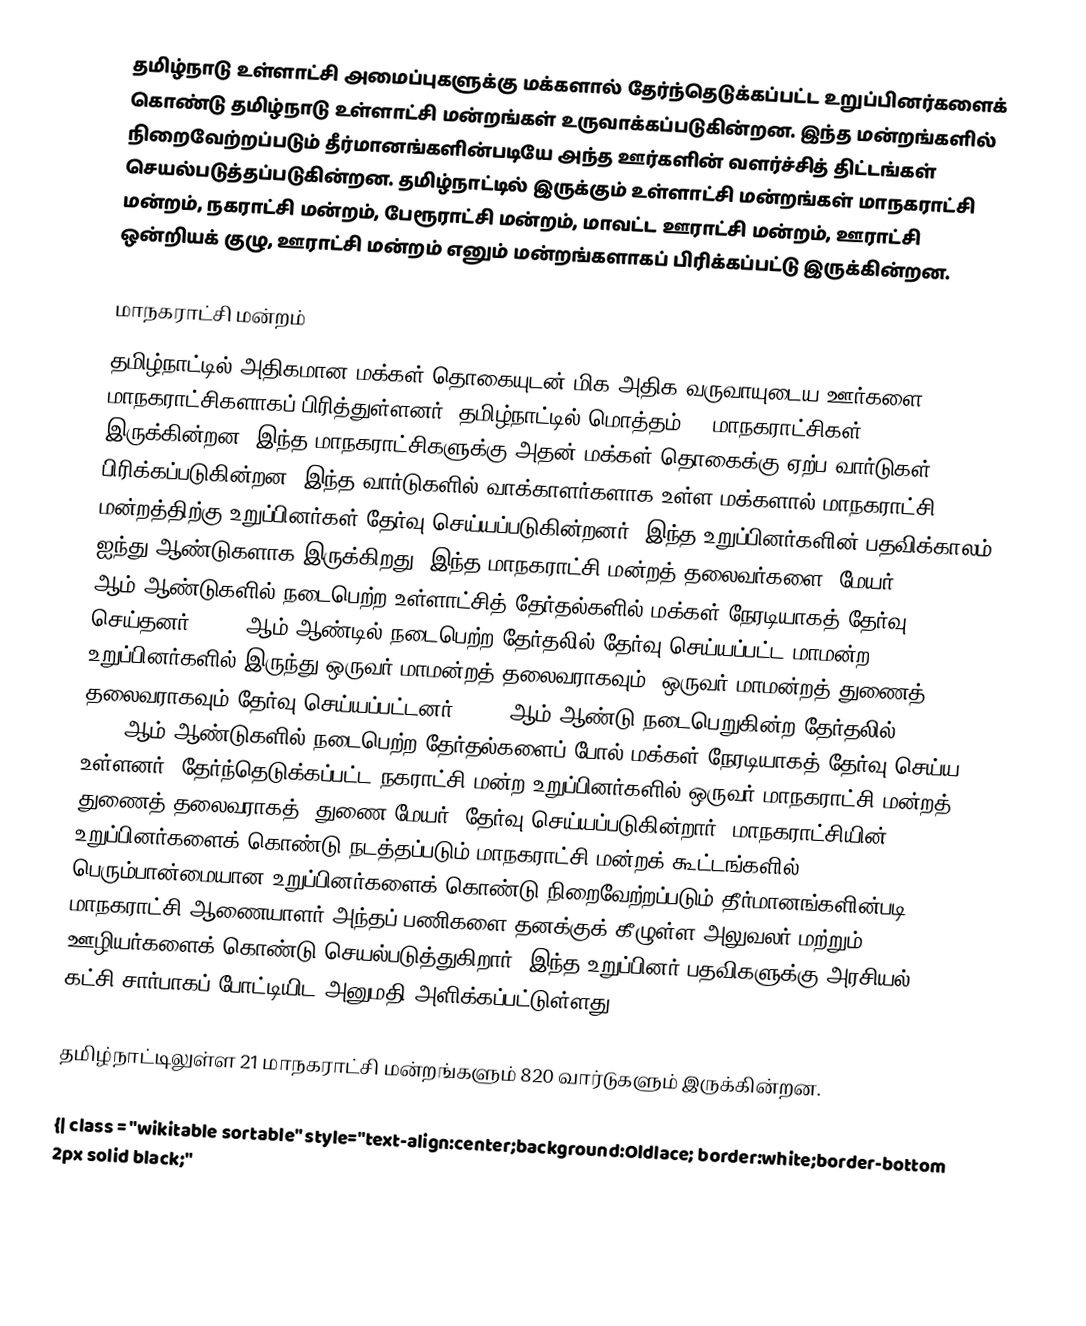
தமிழ்நாடு உள்ளாட்சி அமைப்புகளுக்கு மக்களால் தேர்ந்தெடுக்கப்பட்ட உறுப்பினர்களைக் கொண்டு தமிழ்நாடு உள்ளாட்சி மன்றங்கள் உருவாக்கப்படுகின்றன. இந்த மன்றங்களில் நிறைவேற்றப்படும் தீர்மானங்களின்படியே அந்த ஊர்களின் வளர்ச்சித் திட்டங்கள் செயல்படுத்தப்படுகின்றன. தமிழ்நாட்டில் இருக்கும் உள்ளாட்சி மன்றங்கள் மாநகராட்சி மன்றம், நகராட்சி மன்றம், பேரூராட்சி மன்றம், மாவட்ட ஊராட்சி மன்றம், ஊராட்சி ஒன்றியக் குழு, ஊராட்சி மன்றம் எனும் மன்றங்களாகப் பிரிக்கப்பட்டு இருக்கின்றன.

மாநகராட்சி மன்றம்
தமிழ்நாட்டில் அதிகமான மக்கள் தொகையுடன் மிக அதிக வருவாயுடைய ஊர்களை மாநகராட்சிகளாகப் பிரித்துள்ளனர். தமிழ்நாட்டில் மொத்தம் 21 மாநகராட்சிகள் இருக்கின்றன. இந்த மாநகராட்சிகளுக்கு அதன் மக்கள் தொகைக்கு ஏற்ப வார்டுகள் பிரிக்கப்படுகின்றன. இந்த வார்டுகளில் வாக்காளர்களாக உள்ள மக்களால் மாநகராட்சி மன்றத்திற்கு உறுப்பினர்கள் தேர்வு செய்யப்படுகின்றனர். இந்த உறுப்பினர்களின் பதவிக்காலம் ஐந்து ஆண்டுகளாக இருக்கிறது. இந்த மாநகராட்சி மன்றத் தலைவர்களை (மேயர்) 1996, 2001 ஆம் ஆண்டுகளில் நடைபெற்ற உள்ளாட்சித் தேர்தல்களில் மக்கள் நேரடியாகத் தேர்வு செய்தனர். 2006 ஆம் ஆண்டில் நடைபெற்ற தேர்தலில் தேர்வு செய்யப்பட்ட மாமன்ற உறுப்பினர்களில் இருந்து ஒருவர் மாமன்றத் தலைவராகவும், ஒருவர் மாமன்றத் துணைத் தலைவராகவும் தேர்வு செய்யப்பட்டனர். 2011 ஆம் ஆண்டு நடைபெறுகின்ற தேர்தலில், 1996, 2001 ஆம் ஆண்டுகளில் நடைபெற்ற தேர்தல்களைப் போல் மக்கள் நேரடியாகத் தேர்வு செய்ய உள்ளனர். தேர்ந்தெடுக்கப்பட்ட நகராட்சி மன்ற உறுப்பினர்களில் ஒருவர் மாநகராட்சி மன்றத் துணைத் தலைவராகத் (துணை மேயர்) தேர்வு செய்யப்படுகின்றார்.  மாநகராட்சியின் உறுப்பினர்களைக் கொண்டு நடத்தப்படும் மாநகராட்சி மன்றக் கூட்டங்களில் பெரும்பான்மையான உறுப்பினர்களைக் கொண்டு நிறைவேற்றப்படும் தீர்மானங்களின்படி மாநகராட்சி ஆணையாளர் அந்தப் பணிகளை தனக்குக் கீழுள்ள அலுவலர் மற்றும் ஊழியர்களைக் கொண்டு செயல்படுத்துகிறார். இந்த உறுப்பினர் பதவிகளுக்கு அரசியல் கட்சி சார்பாகப் போட்டியிட அனுமதி அளிக்கப்பட்டுள்ளது

 தமிழ்நாட்டிலுள்ள 21 மாநகராட்சி மன்றங்களும் 820 வார்டுகளும் இருக்கின்றன.

{| class = "wikitable sortable" style="text-align:center;background:Oldlace; border:white;border-bottom 2px solid black;"